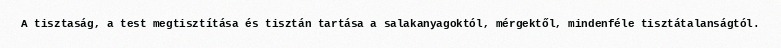
A tisztaság, a test megtisztítása és tisztán tartása a salakanyagoktól, mérgektől, mindenféle tisztátalanságtól.